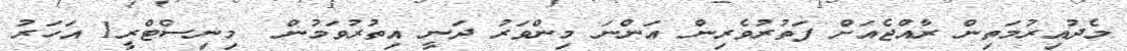
މެދުއިރުމަތިން ރާއްޖެއަށް ފަތުރުވެރިން އަންނަ މިންވަރު ދަނީ އިތުރުވަމުން  މިނިސްޓްރީ1 އަހަރު